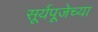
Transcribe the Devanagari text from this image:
सूर्यपूजेच्या